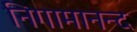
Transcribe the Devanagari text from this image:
निगामानन्द